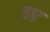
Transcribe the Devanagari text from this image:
उए